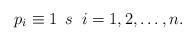
LaTeX: \begin{align*}p_i\equiv 1 \;\, s \;\; i=1,2,\dots,n.\end{align*}